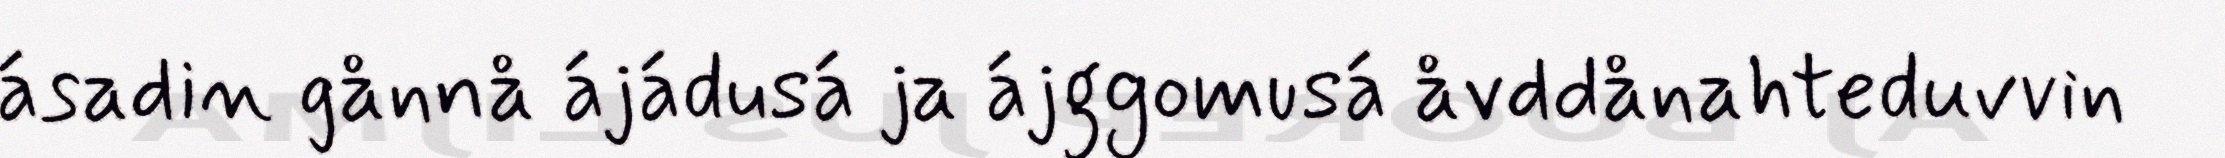
ásadin gånnå ájádusá ja ájggomusá åvddånahteduvvin